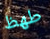
طھظ